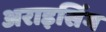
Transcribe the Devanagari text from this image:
अराइसिंग